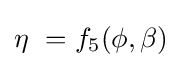
\eta \ =f_{5}(\phi ,\beta )